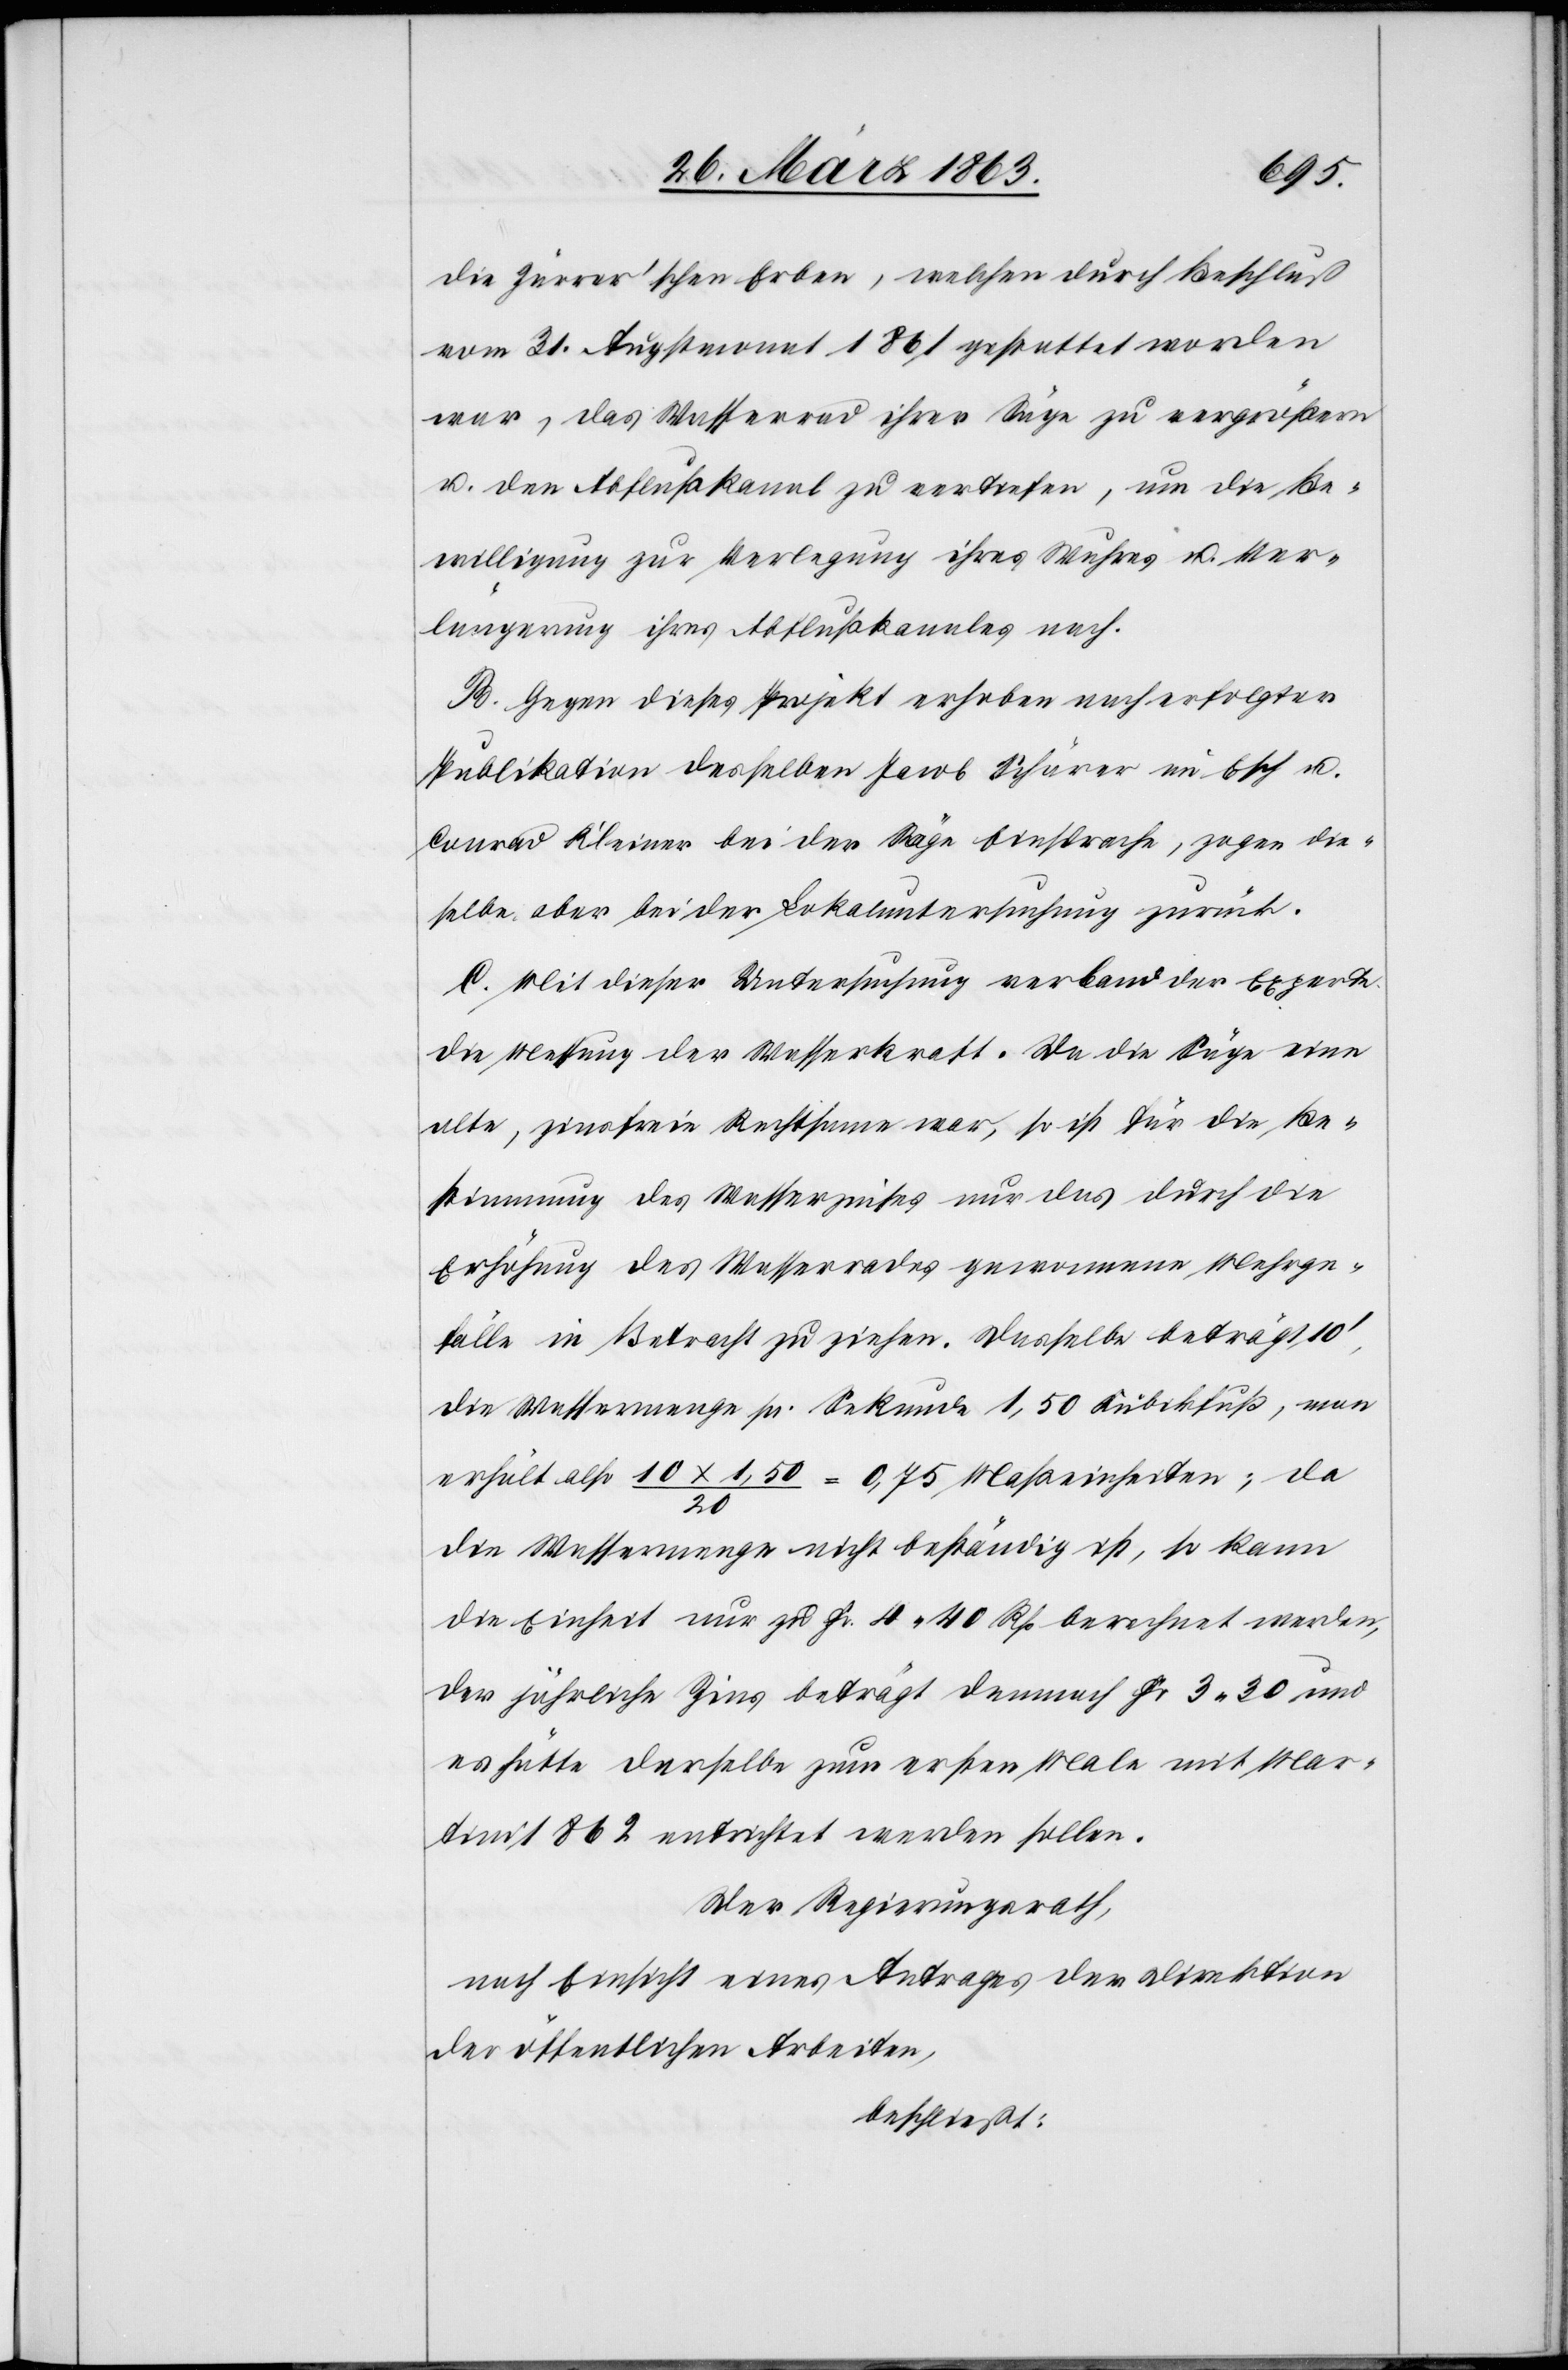
die Zürrer'schen Erben, welchen durch Beschluß
vom 31. Augstmonat 1861 gestattet worden
war, das Wasserrad ihrer Säge zu vergrößern
u. den Abflußkanal zu vertiefen, um die Be¬
willigung zur Verlegung ihres Wuhres u. Ver¬
längerung ihres Abflußkanales nach.
B. Gegen dieses Projekt erhoben nach erfolgter
Publikation desselben Jacob Schärer im Esch u.
Conrad Kleiner bei der Säge Einsprache, zogen die¬
selbe aber bei der Lokaluntersuchung zurück.
C. Mit dieser Untersuchung verband der Experte
die Messung der Wasserkraft. Da die Säge eine
alte, zinsfreie Rechtsame war, so ist für die Be¬
stimmung des Wasserzinses nur das durch die
Erhöhung des Wasserrades gewonnene Mehrge¬
fälle in Betracht zu ziehen. Dasselbe beträgt 10',
die Wassermenge pr. Sekunde 1,50 Kubikfuß, man
erhält also 10x1,50/20 = 0,75 Maßeinheiten; da
die Wassermenge nicht beständig ist, so kann
die Einheit nur zu Fr. 4. 40 Rp berechnet werden,
der jährliche Zins beträgt demnach Fr 3. 30 und
es hätte derselbe zum ersten Male mit Mar¬
tini 1862 entrichtet werden sollen.
Der Regierungsrath,
nach Einsicht eines Antrages der Direktion
der öffentlichen Arbeiten,
beschließt: